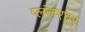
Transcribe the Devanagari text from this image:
प्लंजरवर